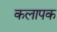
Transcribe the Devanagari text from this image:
कलापक